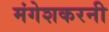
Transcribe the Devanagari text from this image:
मंगेशकरनी